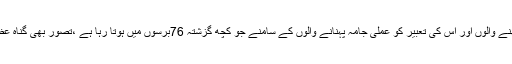
اس کا خواب دیکھنے والوں اور اس کی تعبیر کو عملی جامہ پہنانے والوں کے سامنے جو کچھ گزشتہ 76برسوں میں ہوتا رہا ہے ،تصور بھی گناہ عظیم شمار ہوتا ہے۔